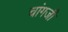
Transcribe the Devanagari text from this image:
चांगजी